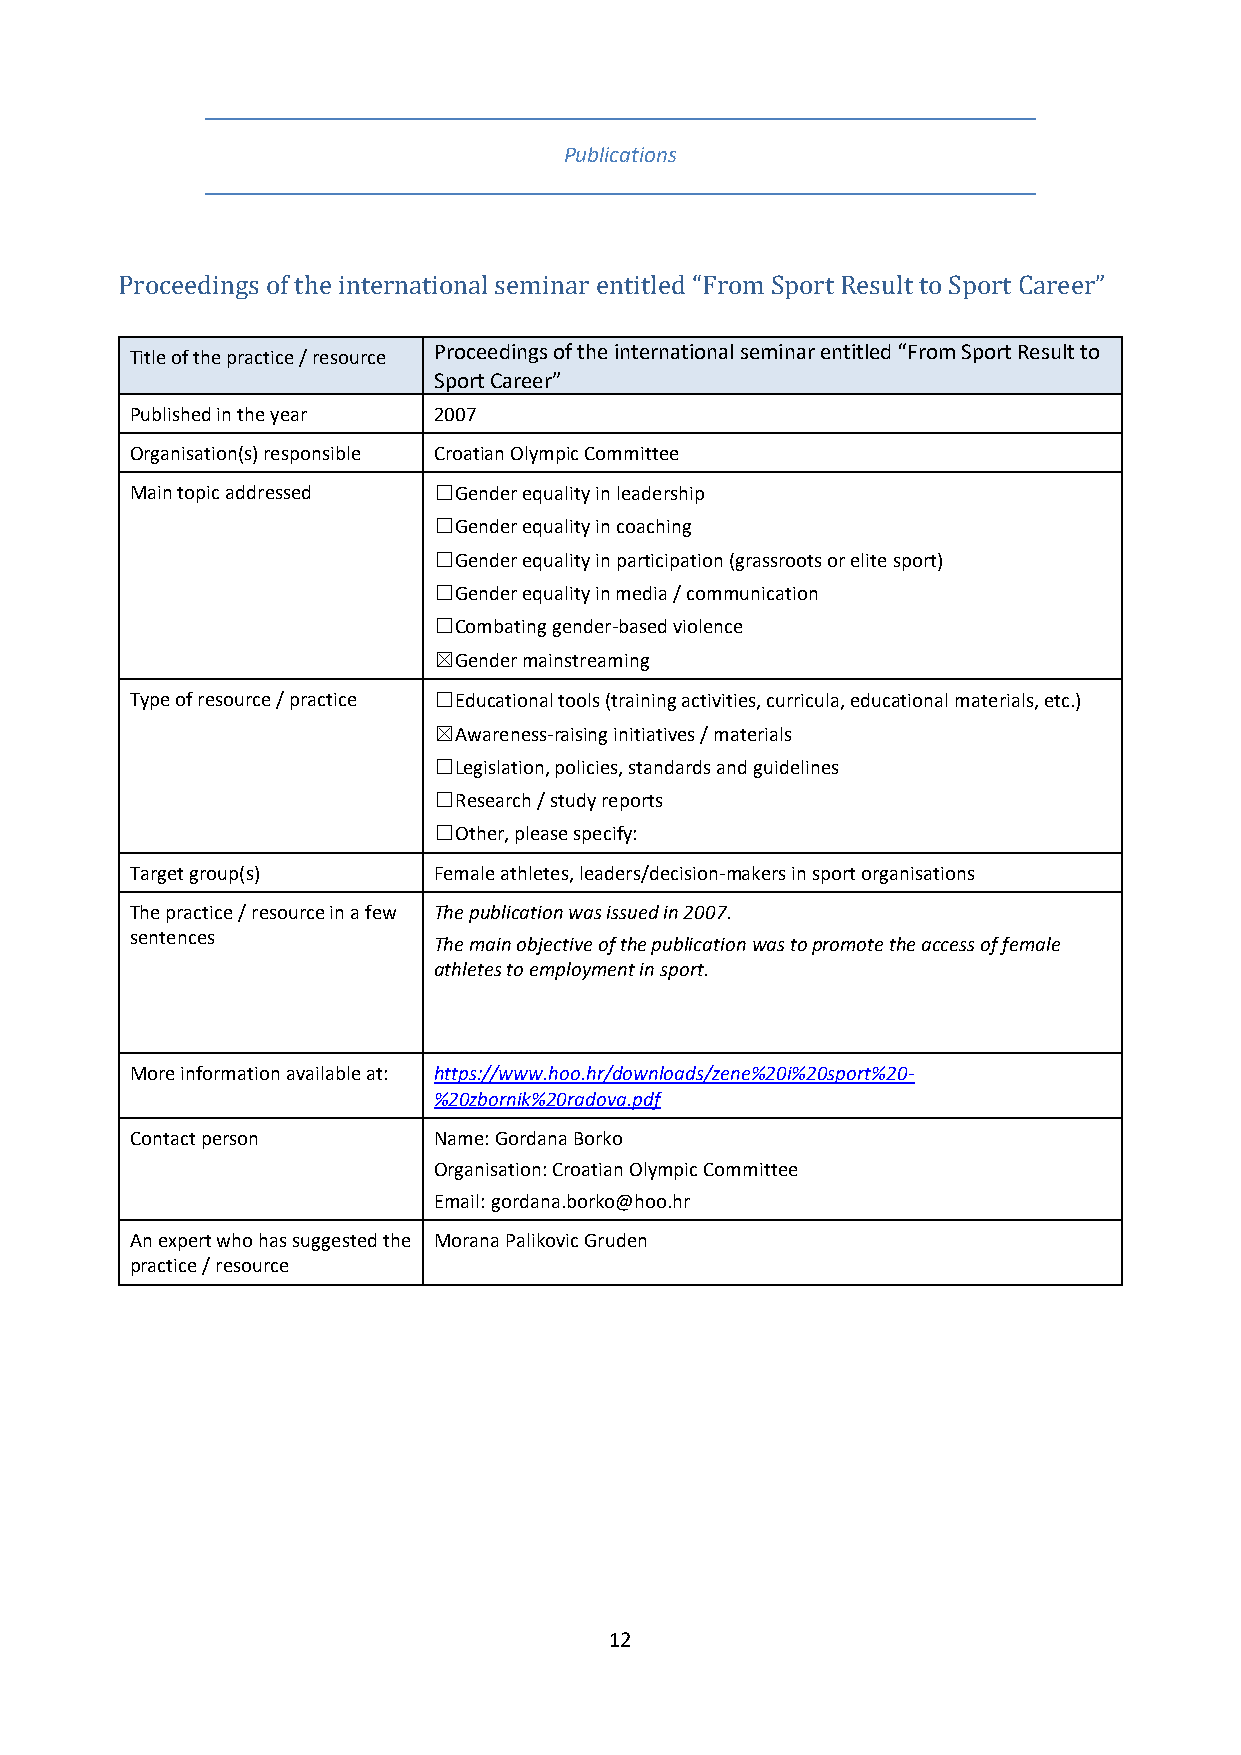
Publications
 Proceedings of the international seminar entitled “From Sport Result to Sport Career”
 Title of the practice / resource Proceedings of the international seminar entitled “From Sport Result to
 Sport Career”
 Published in the year 2007
 Organisation(s) responsible Croatian Olympic Committee
 Main topic addressed ☐Gender equality in leadership
 ☐Gender equality in coaching
 ☐Gender equality in participation (grassroots or elite sport)
 ☐Gender equality in media / communication
 ☐Combating gender-based violence
 ☒Gender mainstreaming
 Type of resource / practice ☐Educational tools (training activities, curricula, educational materials, etc.)
 ☒Awareness-raising initiatives / materials
 ☐Legislation, policies, standards and guidelines
 ☐Research / study reports
 ☐Other, please specify:
 Target group(s)     Female athletes, leaders/decision-makers in sport organisations
 The practice / resource in a few The publication was issued in 2007.
 sentences           The main objective of the publication was to promote the access of female
 athletes to employment in sport.
 More information available at: https://www.hoo.hr/downloads/zene%20i%20sport%20-
 %20zbornik%20radova.pdf
 Contact person      Name: Gordana Borko
 Organisation: Croatian Olympic Committee
 Email: gordana.borko@hoo.hr
 An expert who has suggested the Morana Palikovic Gruden
 practice / resource
 12